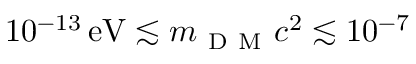
1 0 ^ { - 1 3 } \, \mathrm { e V } \lesssim m _ { \mathrm { ~ D ~ M ~ } } c ^ { 2 } \lesssim 1 0 ^ { - 7 }